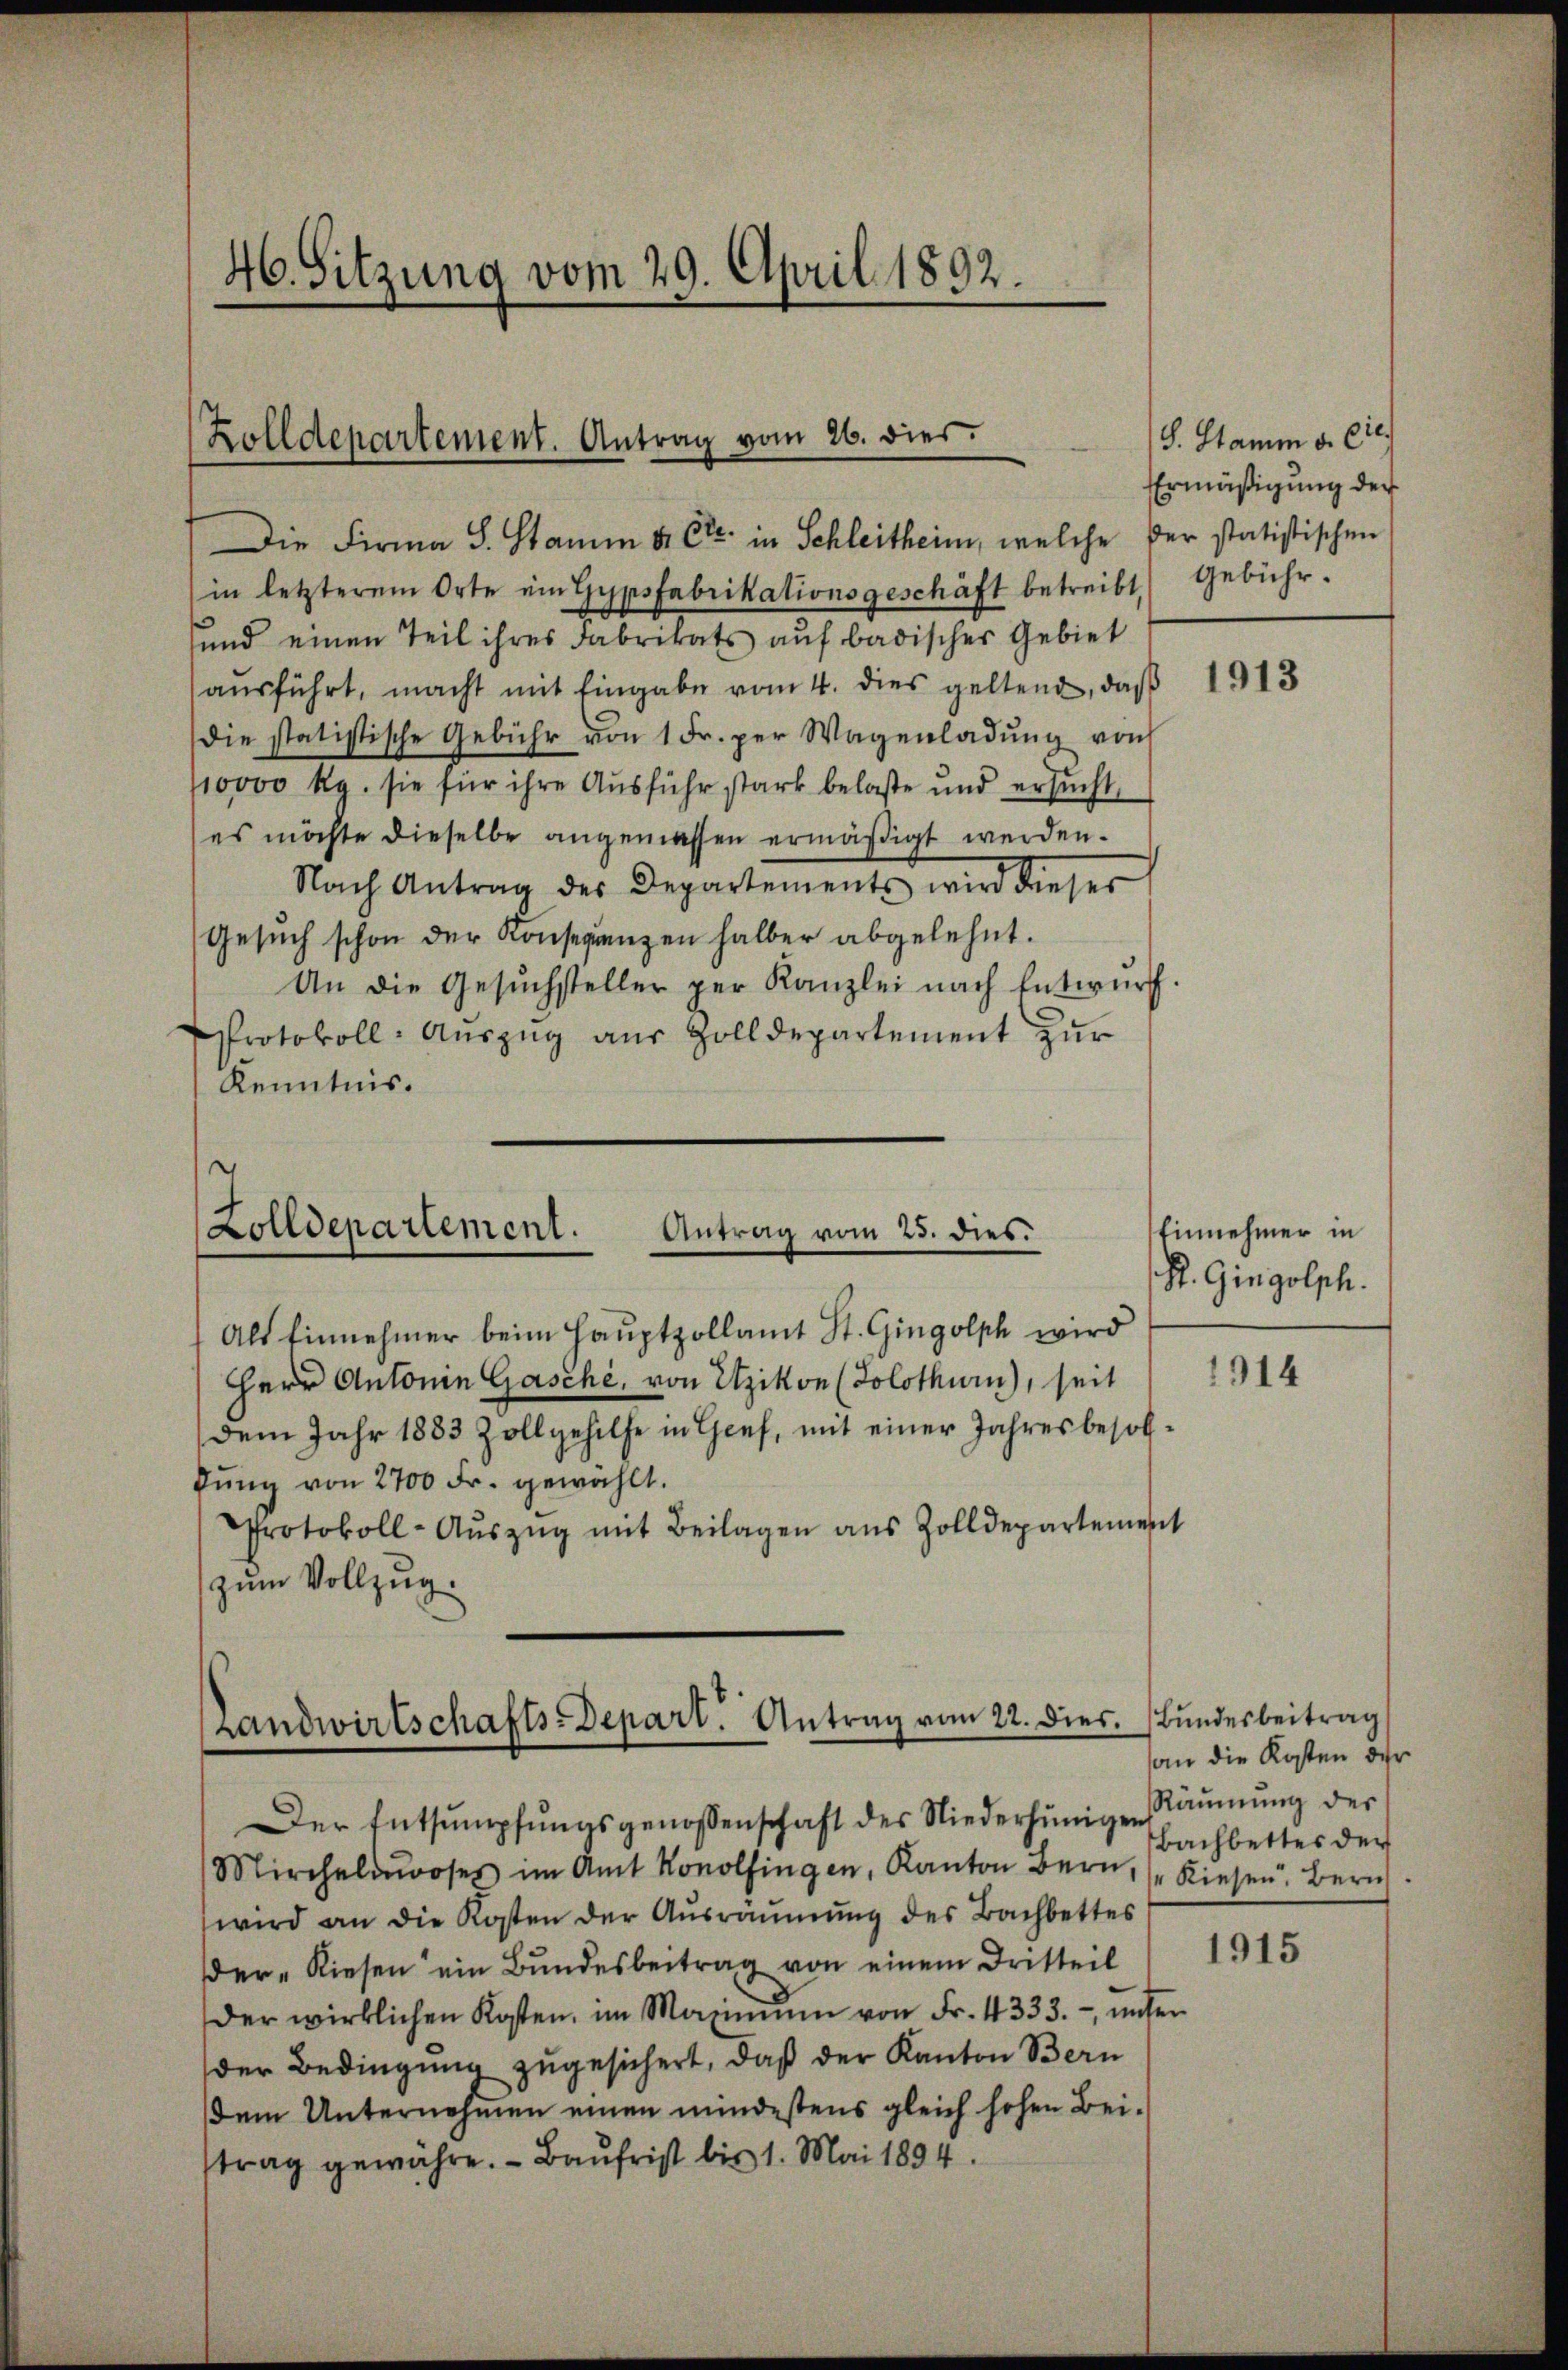
46. Sitzung vom 29. April 1892.

Zolldepartement. Antrag vom 26. dies

Die Firma S. Stamm u. Ctr. in Schleitheim, welche
in letzterem Orte ein Gypsfabrikationsgeschäft betreibt. Gebühr.
und einen Teil ihres Fabrikats auf badischer Gebiet
aŭsführt, macht mit Eingabe vom 4. dies geltend, daß
die statistische Gebühr von 1 Fr. per Wagenladŭng von
/10000 Rg. sie für ihre Ausführ stark belaste und ersucht,
es möchte dieselbe angemessen ermäßigt werden.
Nach Antrag des Departements wird dieser
Gesuch schon der Konseguenzen halber abgelehnt.
An die Gesŭchsteller per Kanzlei nach Entwurf.
Protokoll-Aŭszŭg aŭs Zolldepartement zŭr
Kenntnis.

Zolldepartement.
Antrag vom 23. dies.

Landwirtschafts-Depart. Antrag vom 22. dies. Bŭndesbeitrag

Als Einnehmer beim Hauptpollamt St. Gingolph wird
Herr Antonie Gasche, von Etzikon (Solothurn), seit
dem Jahr 1883 Zollgehilfe in Gief, mit einer Jahresbesoldŭng von 2700 Fr. gewählt.
Protokoll-Aŭszŭg mit Beilagen aus Zolldepartement
zum Vollzug.

Der Entsumpfŭngsgenossenschaft des Niederhünigen Räŭmŭng der
Mircheldroses im Amt Konolfingen, Kanton Bern, Kiesen. Zürich
wird an die Kosten der Aŭsräŭmŭng des Bachbettes
der „Riesen ein Bundesbeitrag von einem Dritteil
der wirklichen Kosten, im Maximum von Fr. 4333.- ŭnter
der Bedingung zugesichert, daß der Kanton Bern
dem Unternohmen einen mindestens gleich hohen Bei-
strag gewähre. - Baufrist bis 1. Mai 1894.

S. Stamm u. Cie.
Ermäßigung der
Der statistischen

1913

Einnehmer in
Sl. Gingolph.

1914

an die Kosten der
Bachbettes der

1915